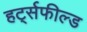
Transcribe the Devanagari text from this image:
हर्ट्सफील्ड